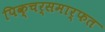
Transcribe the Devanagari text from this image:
पिक्चर्समार्फत